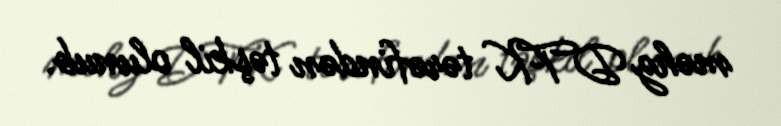
məhz DTK tərəfindən təşkil olunub.